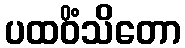
ပထဝိံသိတော